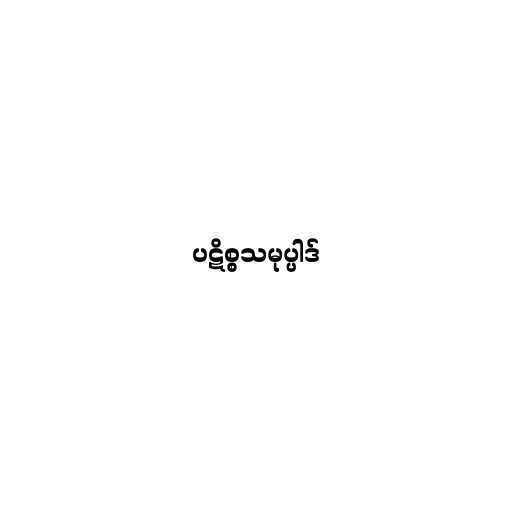
ပဋိစ္စသမုပ္ပါဒ်